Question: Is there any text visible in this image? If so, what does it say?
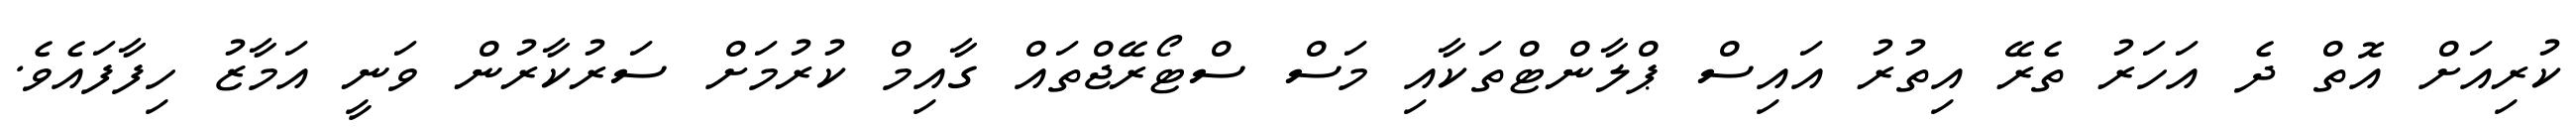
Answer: ކުރިއަށް އޮތް ދެ އަހަރު ތެރޭ އިތުރު އައިސް ޕްލާންޓްތަކާއި މަސް ސްޓޯރޭޖްތައް ގާއިމް ކުރުމަށް ސަރުކާރުން ވަނީ އަމާޒު ހިފާފައެވެ.